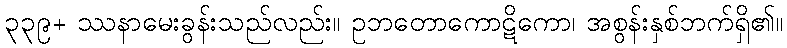
၃၃၉+ ဿနာမေးခွန်းသည်လည်း။ ဥဘတောကောဋိကော၊ အစွန်းနှစ်ဘက်ရှိ၏။